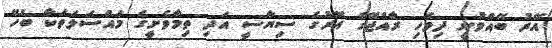
އޭރު ބޭއްވުނީ ދިވެހި ރާއްޖޭގެ އޭރުގެ ސިޔާސީ އަދި ތިމާވެށީގެ މައްސަލަތަކާ ބެހޭ